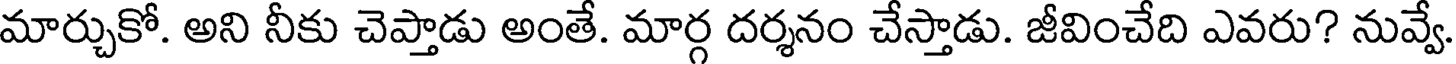
మార్చుకో. అని నీకు చెప్తాడు అంతే. మార్గ దర్శనం చేస్తాడు. జీవించేది ఎవరు? నువ్వే